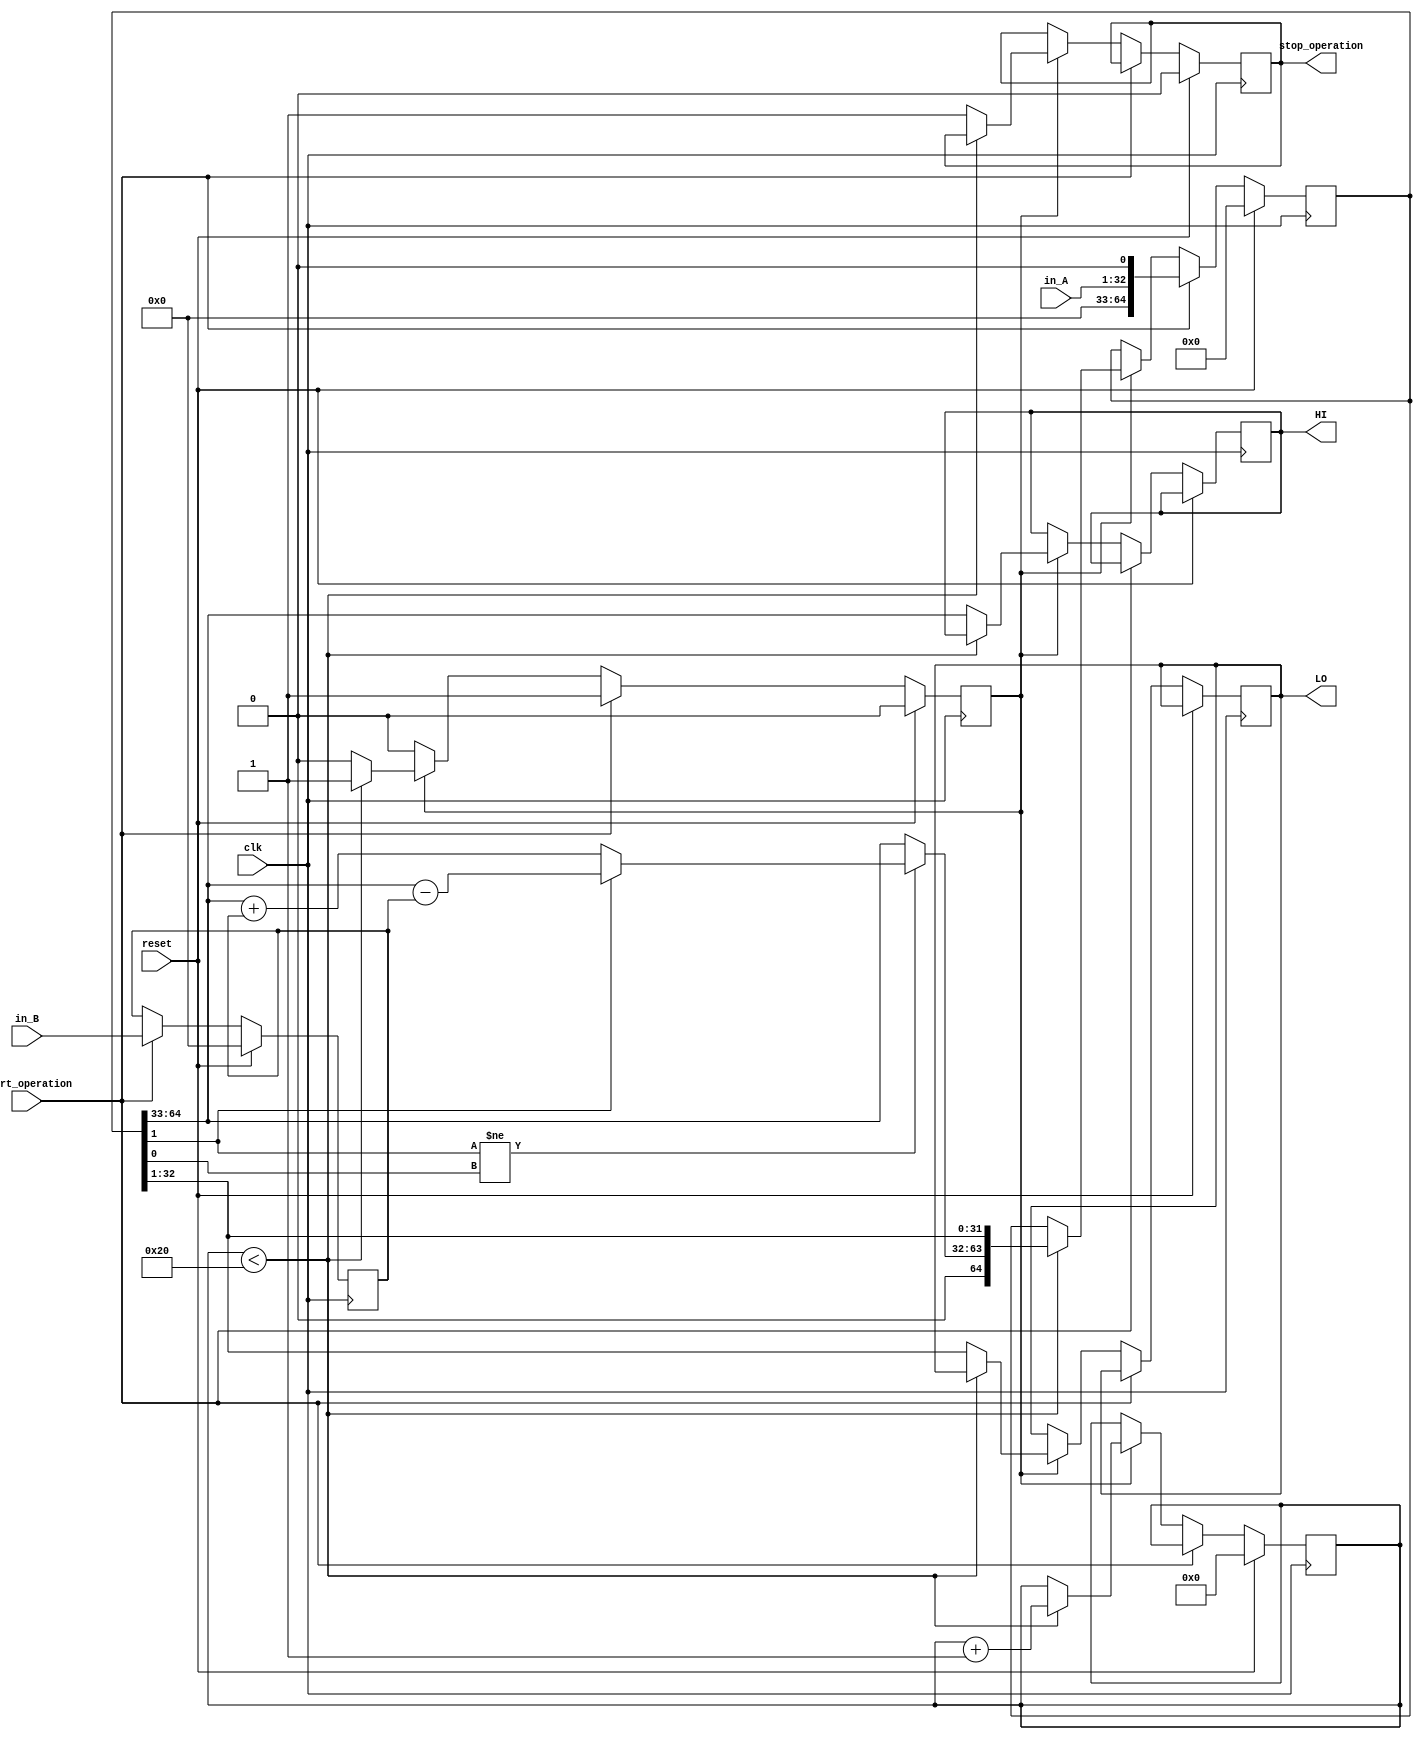
module mult (
    input wire clk,
    input wire reset,
    input wire [31:0] in_A,
    input wire [31:0] in_B,
    input wire start_operation,
    
    output reg stop_operation,
    output reg [31:0] HI,
    output reg [31:0] LO
);

reg run_operation;
reg [5:0] counter;
reg [31:0] m_operator, temp_A_operator;
reg [32:0] temp_QQ_1_operator;
reg [64:0] AQQ_1;

always @(posedge clk) begin
    if (reset) begin
        AQQ_1 = 65'b0;
        temp_QQ_1_operator = 33'b0;
        temp_A_operator = 32'b0;
        m_operator = 32'b0;
        counter = 6'b0;
        stop_operation = 0;
        run_operation = 0;
    end
    else begin
        if (start_operation) begin
            AQQ_1 = {{32'b0, in_A}, 1'b0};
            m_operator = in_B;
            run_operation = 1;
        end
        else if (run_operation) begin
            if (counter < 6'b100000) begin
                temp_A_operator = AQQ_1[64:33];
                temp_QQ_1_operator = AQQ_1[32:0];
                if (temp_QQ_1_operator[1] != temp_QQ_1_operator[0]) begin
                    if (temp_QQ_1_operator[1]) begin
                        temp_A_operator = temp_A_operator - m_operator;
                    end 
                    else begin
                        temp_A_operator = temp_A_operator + m_operator;
                    end
                end
                AQQ_1 = {temp_A_operator, temp_QQ_1_operator};
                AQQ_1 = AQQ_1>>>1;
                counter = counter + 1;
            end
            else begin
                HI = AQQ_1[64:33];
                LO = AQQ_1[32:1];
                run_operation = 0;
                stop_operation = 1;
            end
        end
    end
end
endmodule